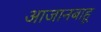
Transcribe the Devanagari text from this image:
आजानबाहू